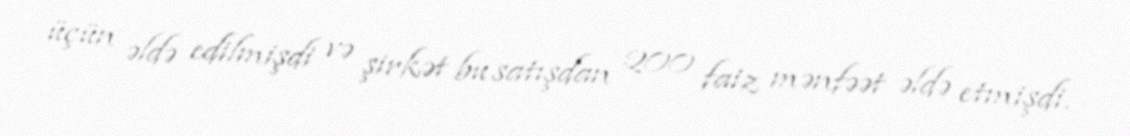
üçün əldə edilmişdi və şirkət bu satışdan 200 faiz mənfəət əldə etmişdi.